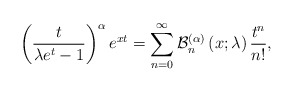
\begin{align*}\left( \frac{t}{\lambda e^{t}-1}\right) ^{\alpha}e^{xt}=\sum_{n=0}^{\infty}\mathcal{B}_{n}^{\left( \alpha\right) }\left( x;\lambda\right)\frac{t^{n}}{n!}, \end{align*}